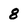
Character: 8